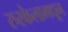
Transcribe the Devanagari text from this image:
रुरकेलामधून